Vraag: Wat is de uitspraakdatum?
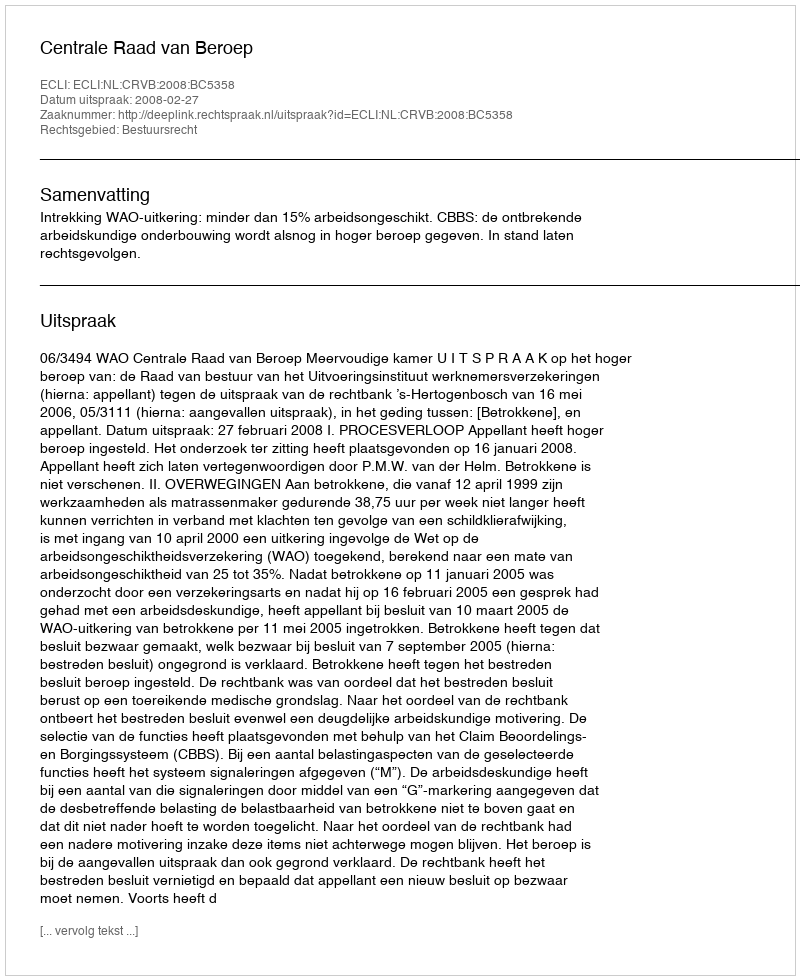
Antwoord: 2008-02-27